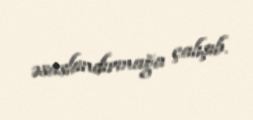
əsaslandırmağa çalışıb.